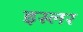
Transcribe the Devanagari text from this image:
इस्लर